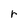
Character: r